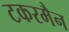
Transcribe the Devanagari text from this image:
टकरमैन